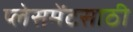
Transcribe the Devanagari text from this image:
प्लेसमेंटसाठी